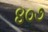
૪૦૭